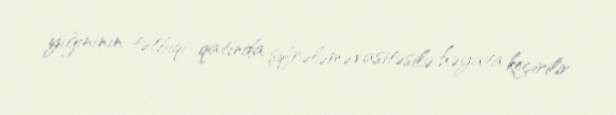
yığınının tətbiqi qatında şifrələmə vasitəsilə həyata keçirilir.